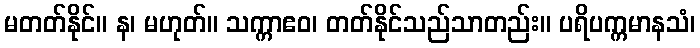
မတတ်နိုင်။ န၊ မဟုတ်။ သက္ကာဧဝ၊ တတ်နိုင်သည်သာတည်း။ ပရိပက္ကမာနသံ၊